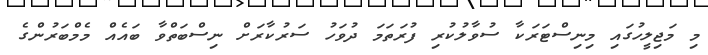
މި މަޖިލީހުގައި މިނިސްޓަރަކާ ސުވާލުކުރި ފުރަތަމަ ދުވަހު ސަރުކާރަށް ނިސްބަތްވާ ބައެއް މެމްބަރުންގެ